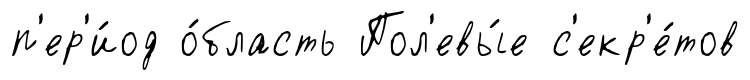
п'ер'и́од о́бласть Пол'евы́е с'екр'е́тов